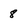
Character: 8